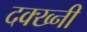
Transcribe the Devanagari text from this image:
दक्ख्नी